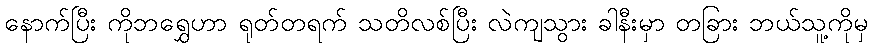
နောက်ပြီး ကိုဘရွှေဟာ ရုတ်တရက် သတိလစ်ပြီး လဲကျသွား ခါနီးမှာ တခြား ဘယ်သူ့ကိုမှ